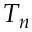
T _ { n }